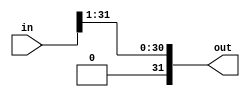
`timescale 1ps/1ps
module div2 
#(
    parameter WIDTH = 32
)
(
    input [WIDTH - 1:0] in,
    output [WIDTH - 1:0] out
);
    assign out = in >> 1;
endmodule